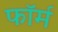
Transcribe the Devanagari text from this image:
फाॅर्म